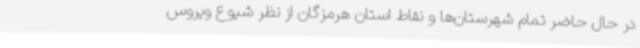
در حال حاضر تمام شهرستان‌ها و نقاط استان هرمزگان از نظر شیوع ویروس